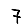
Digit: 7